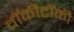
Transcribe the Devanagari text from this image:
वॉकीटॉकी